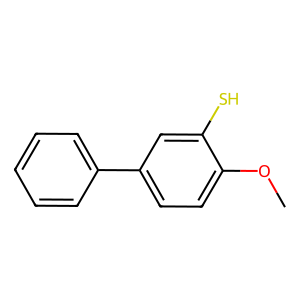
SMILES: COc1ccc(-c2ccccc2)cc1S
Inhibits HIV replication: No